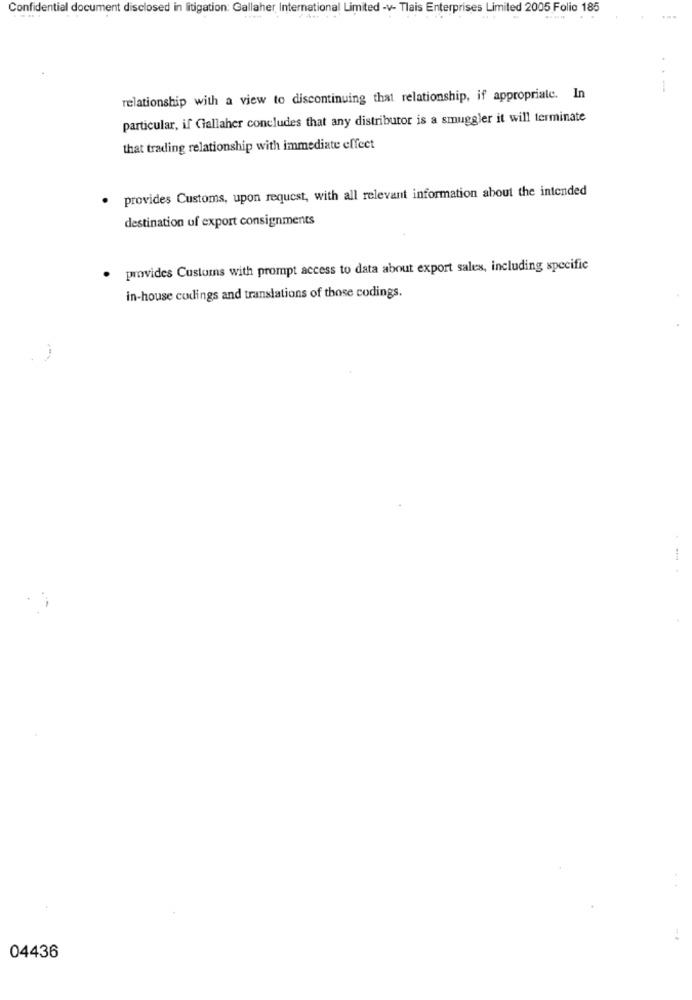
Confidential document disclosed in litigation: Gallaher International Limited -v- Tlais Enterprises Limited 2005 Folio 185
relationship with a view to discontinuing that relationship, if appropriate. In
particular, if Gallaher concludes that any distributor is a smuggler it will terminate
that trading relationship with immediate effect
provides Customs, upon request, with all relevant information about the intended
destination of export consignments
provides Customs with prompt access to data about export sales, including specific
in-house cudings and translations of those codings.
04436